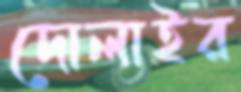
দোলাইর